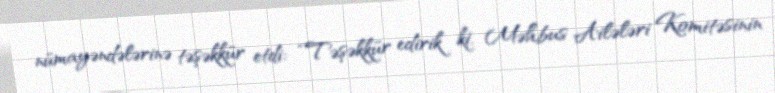
nümayəndələrinə təşəkkür etdi: “Təşəkkür edirik ki, Məhbus Ailələri Komitəsinin